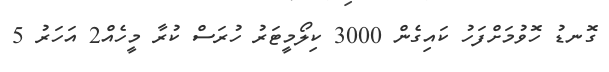
ގޮނޑު ހޮވުމަށްފަހު ކައިގެން 3000 ކިލޯމީޓަރު ހުރަސް ކުރާ މީހެއް2 އަހަރު 5